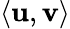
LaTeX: \langle\mathbf{u},\mathbf{v}\rangle